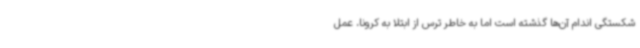
شکستگی اندام آن‌ها گذشته است اما به خاطر ترس از ابتلا به کرونا، عمل